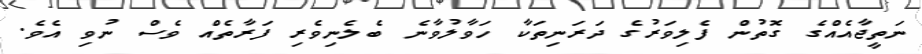
ނަތީޖާއެއްގެ ގޮތުން ފެލިވަރުގެ ދަރަނިތަކާ ހަވާލުވާނެ ބެލެނިވެރި ފަރާތެއް ވެސް ނުވި އެވެ.